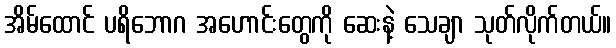
အိမ်ထောင် ပရိဘောဂ အဟောင်းတွေကို ဆေးနဲ့ သေချာ သုတ်လိုက်တယ်။